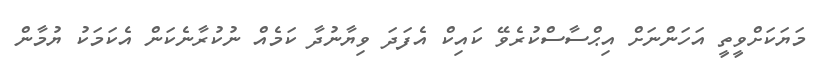
މަޔަކަށްވީތީ އަހަންނަށް އިޙްސާސްކުރެވޭ ކައިކް އެފަދަ ވިޔާނުދާ ކަމެއް ނުކުރާނެކަން އެކަމަކު ޔުމާން